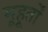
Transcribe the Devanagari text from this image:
मूहूर्तों